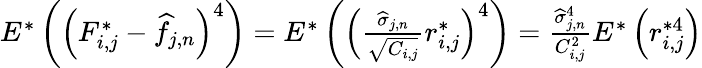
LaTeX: \begin{array}{r}{E^{*}\left(\left(F_{i,j}^{*}-\widehat f_{j,n}\right)^{4}\right)=E^{*}\left(\left(\frac{\widehat\sigma_{j,n}}{\sqrt{C_{i,j}}}r_{i,j}^{*}\right)^{4}\right)=\frac{\widehat\sigma_{j,n}^{4}}{C_{i,j}^{2}}E^{*}\left(r_{i,j}^{*4}\right)}\end{array}